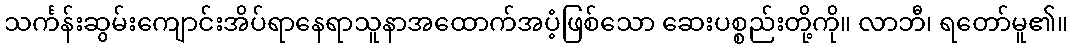
သင်္ကန်းဆွမ်းကျောင်းအိပ်ရာနေရာသူနာအထောက်အပံ့ဖြစ်သော ဆေးပစ္စည်းတို့ကို။ လာဘီ၊ ရတော်မူ၏။